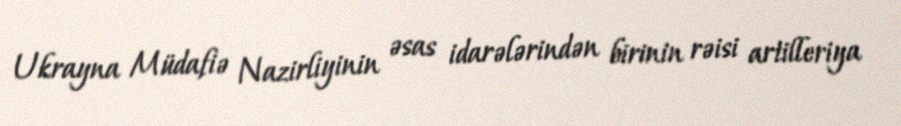
Ukrayna Müdafiə Nazirliyinin əsas idarələrindən birinin rəisi artilleriya